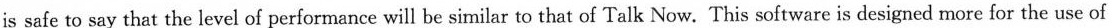
is safe to say that the level of performance will be similar to that of Talk Now. This software is designed more for the use of